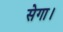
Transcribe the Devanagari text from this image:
सेगा।